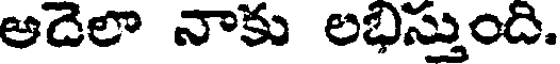
అదెలా నాకు లభిస్తుంది.